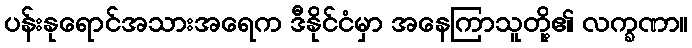
ပန်းနုရောင်အသားအရေက ဒီနိုင်ငံမှာ အနေကြာသူတို့၏ လက္ခဏာ။